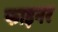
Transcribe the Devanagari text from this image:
फाइनर